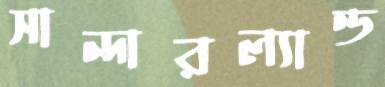
সান্দারল্যান্ড